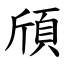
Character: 頎